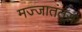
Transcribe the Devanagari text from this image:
मज्जातंतूस